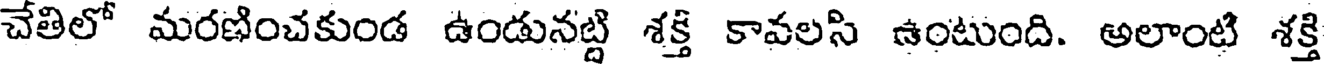
చేతిలో మరణించకుండ ఉండునట్టి శక్తి కావలసి ఉంటుంది. అలాంటి శక్తి